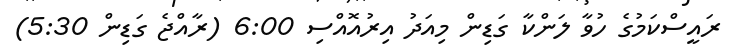
ރައީސްކަމުގެ ހުވާ ލަންކާ ގަޑިން މިއަދު އިރުއޮއްސި 6:00 (ރާއްޖެ ގަޑިން 5:30)